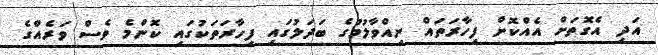
އަދި އެގޮތަށް އެއްކޮށް ފިހާރަތައް ނިއްވާލުމުގެ ބަދަލުގައި ފިހާރަތަކުގައި ކޮންމެ ވެސް ވަރެއްގެ